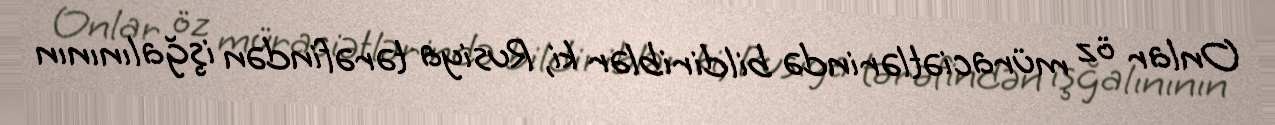
Onlar öz müraciətlərində bildiriblər ki, Rusiya tərəfindən işğalınının